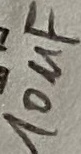
Text: 10µF